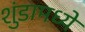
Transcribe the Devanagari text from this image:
शुंडामध्ये